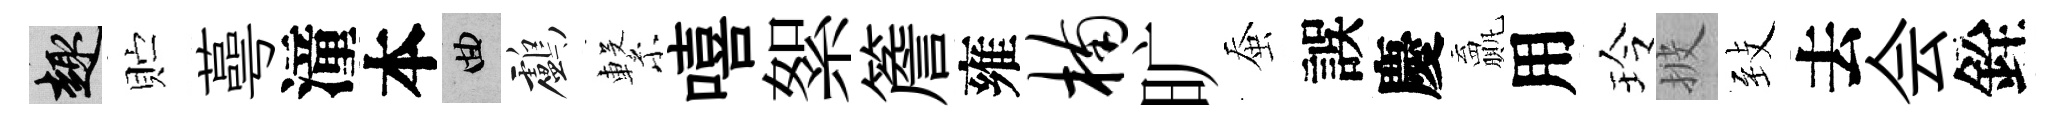
趣贮蕚潼本曲鸕繋嘻絮簷雍楠旷蚕誤慶贏用玲披𦤺去会銓